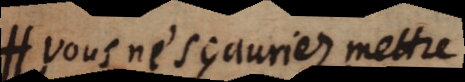
H Vous ne sçauriez mettre